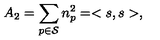
A _ { 2 } = \sum _ { p \in { \cal S } } n _ { p } ^ { 2 } = < s , s > ,